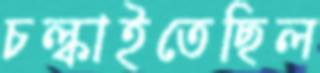
চল্‌কাইতেছিল